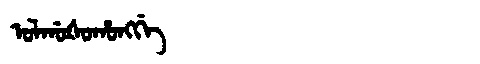
Manchu: ᠣᠯᡤᠣᡧᠣᡥᠣᠩᡤᡝ
Romanization: OLGOŠOHONGGE